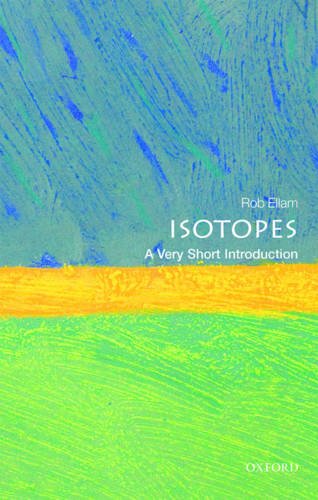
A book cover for Isotopes: A Very Short Introduction (Very Short Introductions); Rob Ellam; Science & Math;